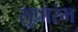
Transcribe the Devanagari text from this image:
सुप्रारंभ